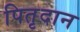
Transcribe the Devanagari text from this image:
पितृदान